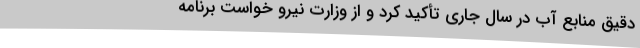
دقیق منابع آب در سال جاری تأکید کرد و از وزارت نیرو خواست برنامه‌